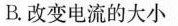
B.改变电流的大小